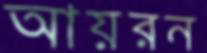
আয়রন